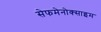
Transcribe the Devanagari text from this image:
सेफमेनोक्साइम